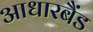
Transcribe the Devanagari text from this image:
आधारबैंड